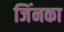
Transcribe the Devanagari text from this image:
जिंनका